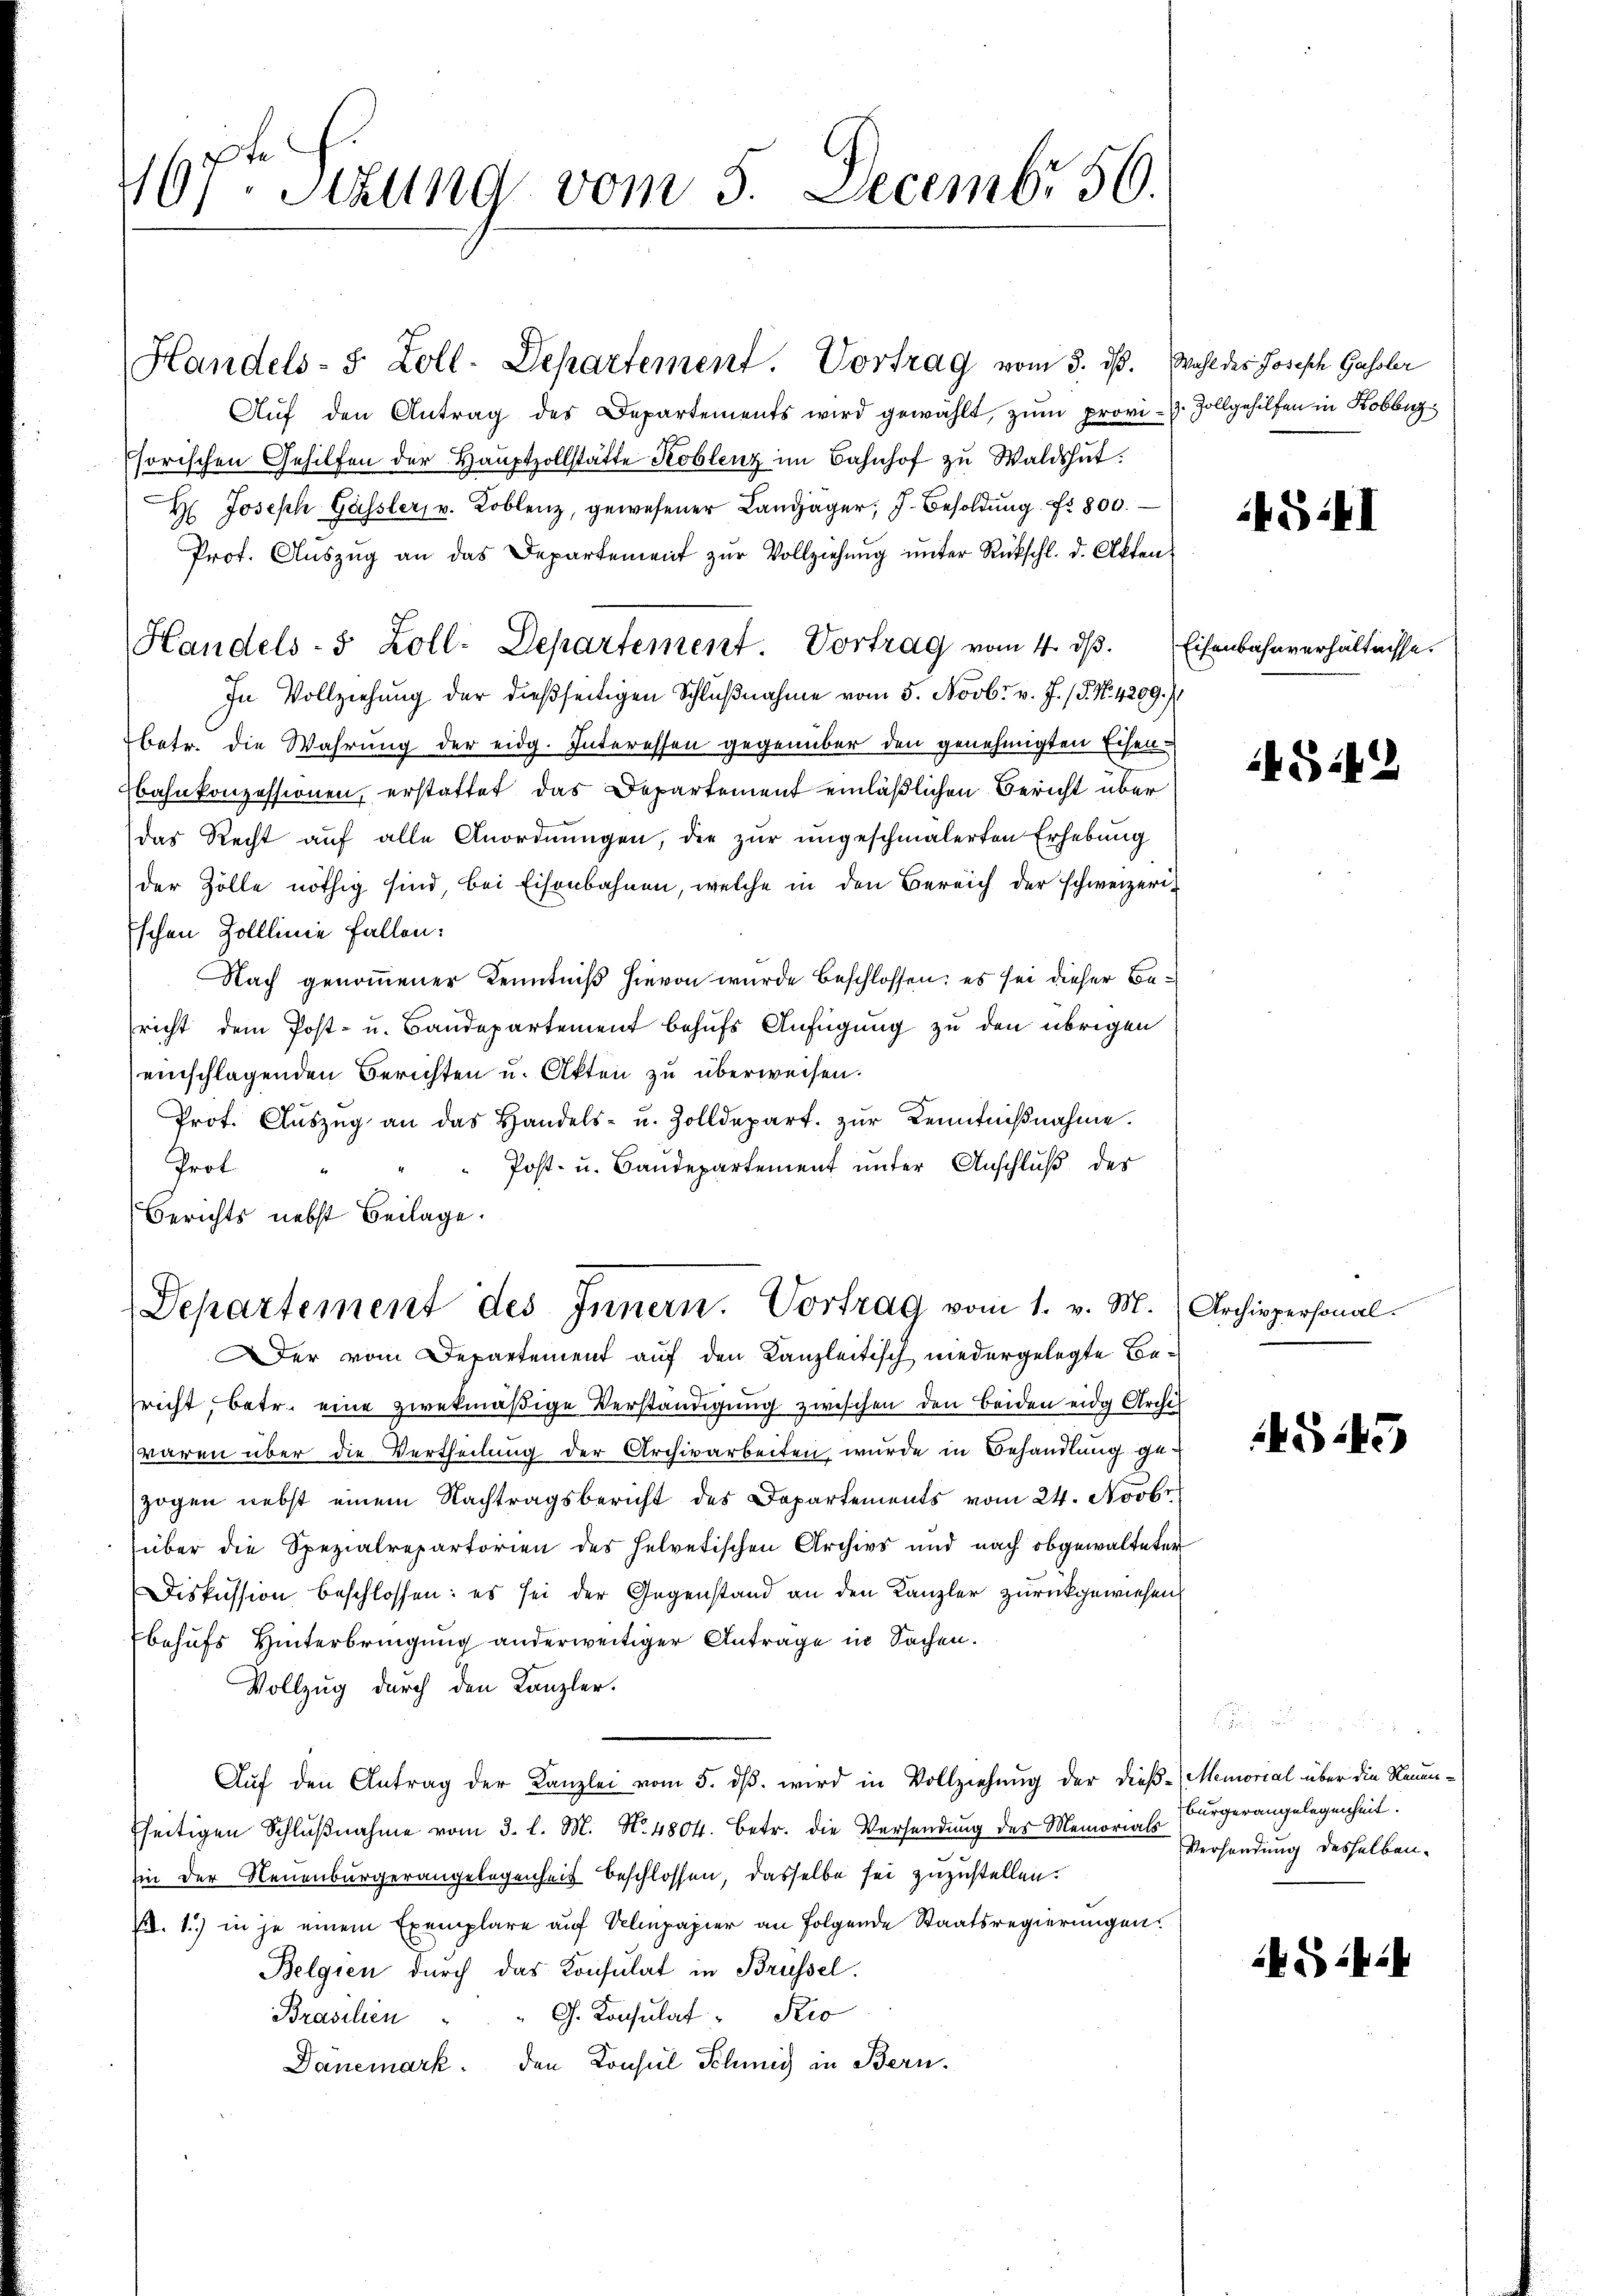
167ten Sizung vom 5. Decembr 50.

Handels-S. Zoll-Departement. Vortrag vom 3. ds. Wahl des Joseph Gassler
Aŭf den Antrag des Departements wird gewählt, zum provi-. Zollgehilfen in Kobr
sorischen Gehilfen der Haŭptzollstatte Koblenz im Bahnhof zu Waldshut:
H. Joseph Gässler, u. Koblenz, gewesener Landjäger; J. Besoldung Nr. 800.
Prof. Aŭszŭg an das Departement zŭr Vollziehŭng ŭnter Rückschl. d. Alten
In Vollziehung der dießseitigen Schlŭβnahme vom 5. Novbr. v. J. (§. No. 4209.)
betr. die Wahrung der eidg. Interessen gegenüber den genehmigten Eisen-
Ebahnkonzessionen, erstattet, das Departement einläßlichen Bericht über
das Recht auf alle Anordnŭngen, die zur ungeschmälerten Erhebung
der Zölle nöthig sind, bei Eisenbahnen, welche in den Bereich der schweizeri¬
Eschen Zolllinie fallen:
Nach genommener Kenntniß hievon wurde beschlossen; es sei dieser Bericht dem Post- u. Bandepartement behufs Anfügung zu den übrigen
einschlagenden Berichten u. Akten zu überweisen.
Prot. Aŭszŭg an das Handels- u. Zolldepart. zŭr Kenntniβnahme.
Post- u. Baudepartement unter Anschluß des
Prot
Berichts nebst Beilage.
Departement des Innern. Vortrag vom 1. v. M. (Archivpersonal-
er vom Departement auf den Kanzleitisch niedergelegte Besricht, betr. eine zwekmäßige Verständigung zwischen den beiden eidg Archis
waren über die Vertheilung der Archivarbeiten wurde in Behandlung gezogen nebst einem Nachtragsbericht des Departements vom 24. Novbr.
über die Spezialrepartorien des helvetischen Archivs und nach obgewalteter
Diskussion beschlossen: es sei der Gegenstand an den Kanzler zurückgewiesen
behufs Hinterbringung anderweitiger Antrage in Sachen.
Vollzug durch den Kanzler.
Aŭf den Antrag der Kanzlei vom 5. dβ. wird in Vollziehung der dieß-Memorial über die Reuenfseitigen Schlŭβnahme vom 3. l. M. N. 4804. Betr. die Versendung des Memorials
in der Neuenburgerangelegenheit beschlossen, dasselbe sei zuzustellen.
. 1) in je einem Exemplare auf Velpapier an Folgende Staatsregierungen.
Belgien durch das Konsulat in Brüssel.
" G. Konsulat Pio
Brasilien
Danemark, den Konsul Schmid in Bern.

Handels- 5 Zoll: Departement. Vortrag vom 4. dβ.

45 II

Eisenbahnverhältnisse.

45.42

G145

Bürgerangelegenheit.
Versendung desselben.

Giit